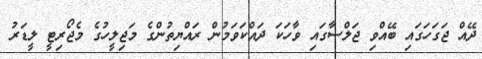
ދޭއް ޖަގަހަގައި ބޭއްވި ޖަލްސާގައި ވާހަކަ ދައްކަވަމުން ރައްޔިތުންގެ މަޖިލީހުގެ މެޖޯރިޓީ ލީޑަރު